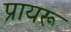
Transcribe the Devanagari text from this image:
प्रायरू